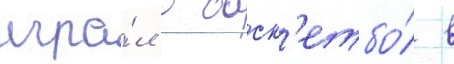
игра́л в баск'етбо́л в